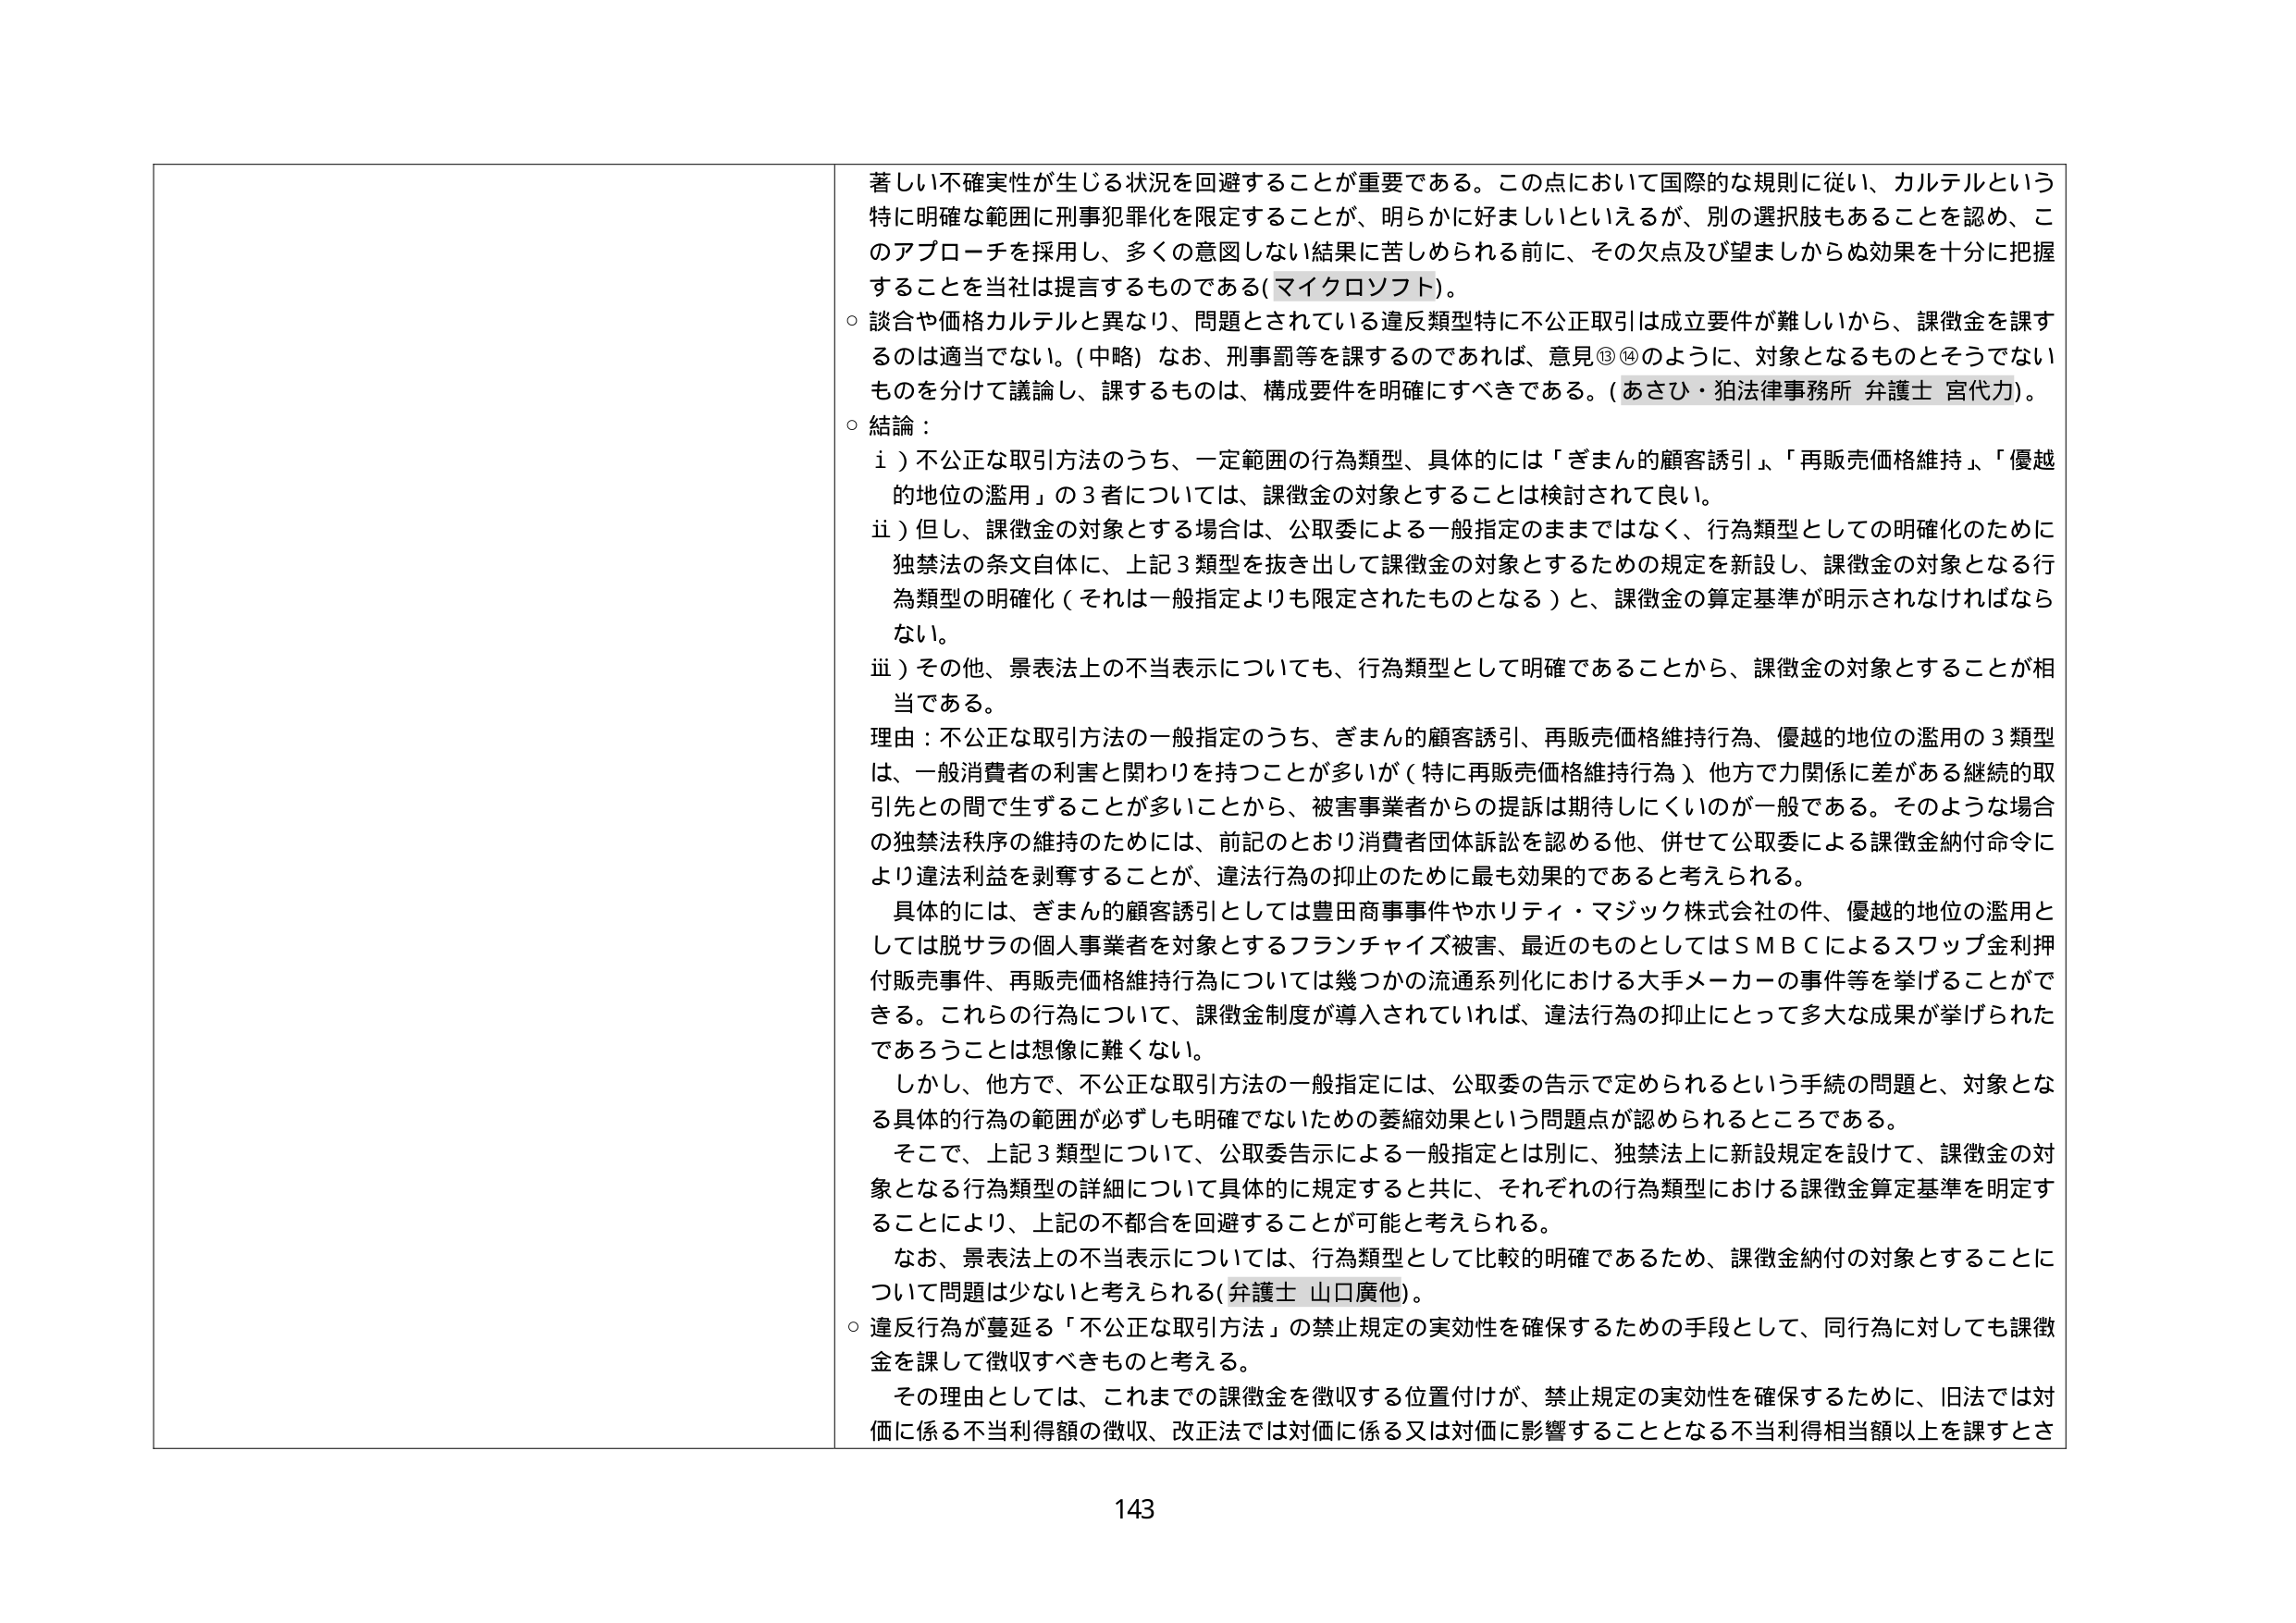
著しい不確実性が生じる状況を回避することが重要である。この点において国際的な規則に従い、カルテルという特に明確な範囲に刑事犯罪化を限定することが、明らかに好ましいといえるが、別の選択肢もあることを認め、このアプローチを採用し、多くの意図しない結果に苦しめられる前に、その欠点及び望ましからぬ効果を十分に把握することを当社は提言するものである（マイクロソフト）。

○ 談合や価格カルテルと異なり、問題とされている違反類型特に不公正取引は成立要件が難しいから、課徴金を課するのは適当でない。（中略）なお、刑事罰等を課するのであれば、意見⑬⑭のように、対象となるものとそうでないものを分けて議論し、課するものは、構成要件を明確にすべきである。（あさひ・狛法律事務所 弁護士 宮代力）。

○ 結論：
ⅰ）不公正な取引方法のうち、一定範囲の行為類型、具体的には「ぎまんの顧客誘引」、「再販売価格維持」、「優越的地位の濫用」の3者については、課徴金の対象とすることは検討されて良い。
ⅱ）但し、課徴金の対象とする場合は、公取委による一般指定のままではなく、行為類型としての明確化のために独禁法の条文自体に、上記3類型を抜き出して課徴金の対象とするための規定を新設し、課徴金の対象となる行為類型の明確化（それは一般指定よりも限定されたものとなる）と、課徴金の算定基準が明示されなければならない。
ⅲ）その他、景表法上の不当表示についても、行為類型として明確であることから、課徴金の対象とすることが相当である。

理由：不公正な取引方法の一般指定のうち、ぎまんの顧客誘引、再販売価格維持行為、優越的地位の濫用の3類型は、一般消費者の害と関わりを持つことが多いが（特に再販売価格維持行為）、他方で力関係に差がある継続的取引先との間で生ずることが多いことから、被害事業者からの提訴は期待しにくいのが一般である。そのような場合の独禁法秩序の維持のためには、前記のとおり消費者団体訴訟を認める他、併せて公取委による課徴金納付命令により違法利益を剥奪することが、違法行為の抑止のために最も効果的であると考えられる。

具体的には、ぎまんの顧客誘引としては豊田商事事件やホリティ・マジック株式会社の件、優越的地位の濫用としては脱サラの個人事業者を対象とするフランチャイズ被害、最近のものとしてはＳＭＢＣによるスワップ金利押付販売事件、再販売価格維持行為については幾つかの流通系列化における大手メーカーの事件等を挙げることができる。これらの行為について、課徴金制度が導入されていれば、違法行為の抑止にとって多大な成果が挙げられたであろうことは想像に難くない。

しかし、他方で、不公正な取引方法の一般指定には、公取委の告示で定められるという手続の問題と、対象となる具体的行為の範囲が必ずしも明確でないための萎縮効果という問題点が認められるところである。

そこで、上記3類型について、公取委告示による一般指定とは別に、独禁法上に新設規定を設けて、課徴金の対象となる行為類型の詳細について具体的に規定すると共に、それぞれの行為類型における課徴金算定基準を明定することにより、上記の不都合を回避することが可能と考えられる。

なお、景表法上の不当表示については、行為類型として比較的明確であるため、課徴金納付の対象とすることについて問題は少ないと考えられる（弁護士 山口廣他）。

○ 違反行為が蔓延する「不公正な取引方法」の禁止規定の実効性を確保するための手段として、同行為に対しても課徴金を課して徴収すべきものと考える。

その理由としては、これまでの課徴金を徴収する位置付けが、禁止規定の実効性を確保するために、旧法では対価に係る不当利得額の徴収、改正法では対価に係る又は対価に影響することとなる不当利得相当額以上を課すとさ

143